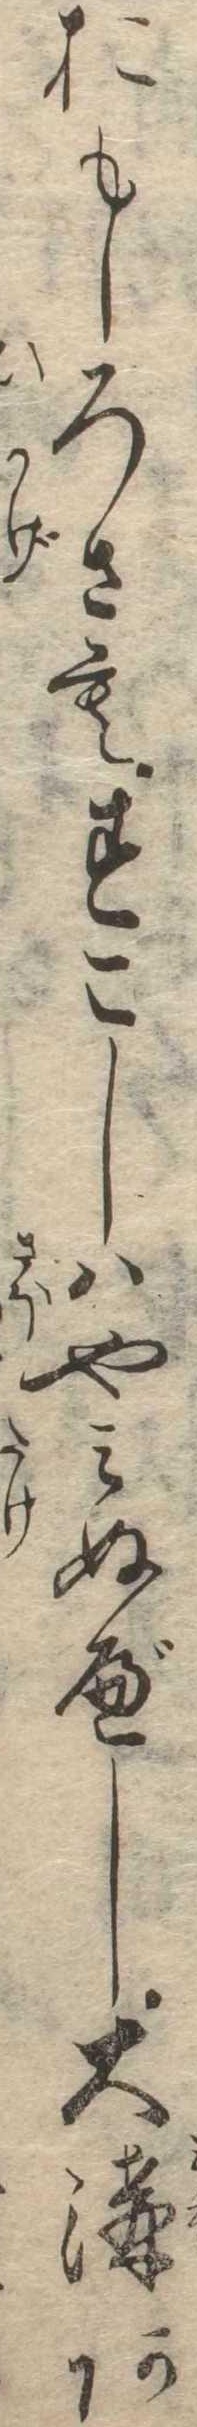
おもしろさもすこしはやみぬべし大溝あ